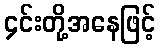
၄င်းတို့အနေဖြင့်